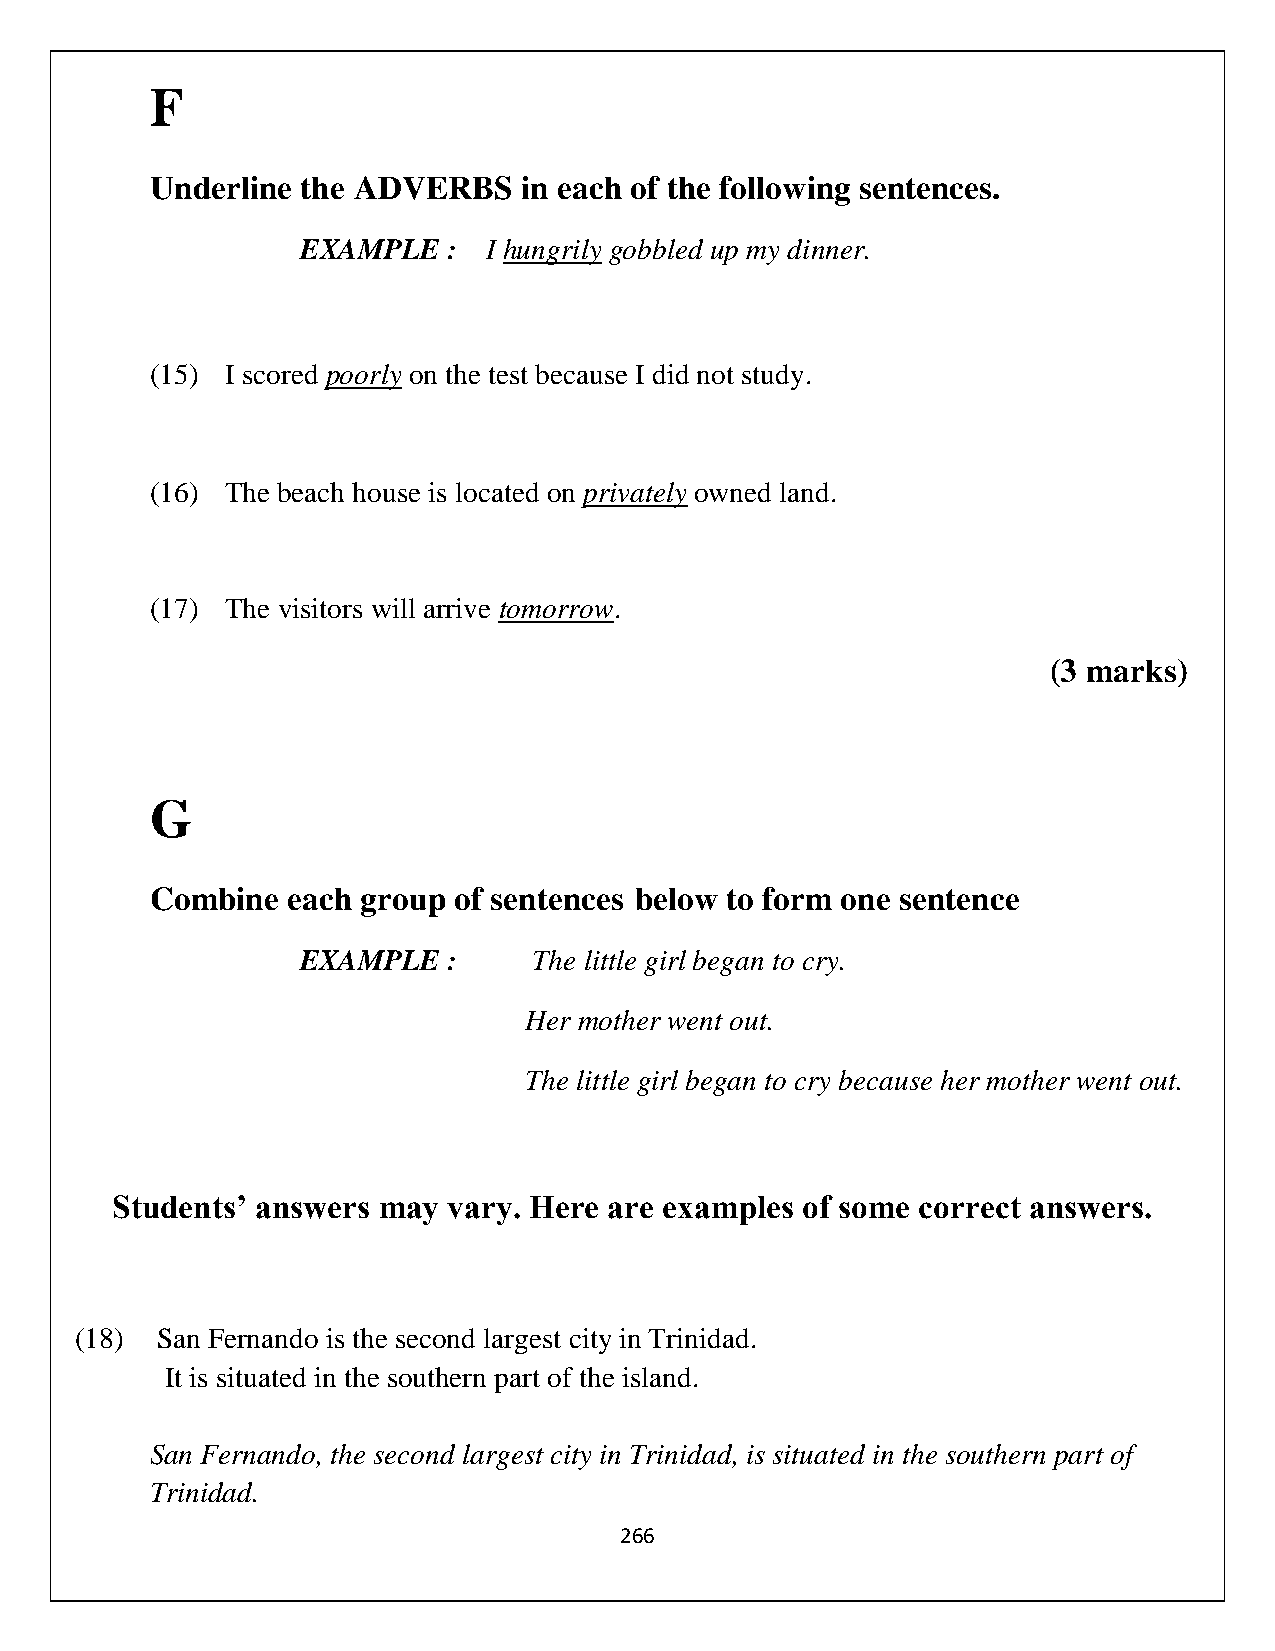
F
 Underline the ADVERBS    in each of the following sentences.
 EXAMPLE   : I hungrily gobbled up my dinner.
 (15) I scored poorly on the test because I did not study.
 (16) The beach house is located on privately owned land.
 (17) The visitors will arrive tomorrow.
 (3 marks)
 G
 Combine  each group of sentences below to form one sentence
 EXAMPLE   :    The little girl began to cry.
 Her mother went out.
 The little girl began to cry because her mother went out.
 Students’ answers may  vary. Here are examples of some correct answers.
 (18) San Fernando is the second largest city in Trinidad.
 It is situated in the southern part of the island.
 San Fernando, the second largest city in Trinidad, is situated in the southern part of
 Trinidad.
 266